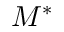
M ^ { * }